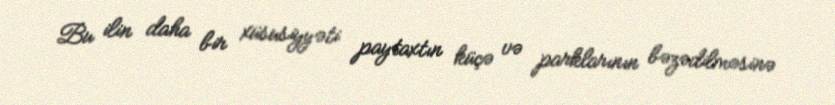
Bu ilin daha bir xüsusiyyəti paytaxtın küçə və parklarının bəzədilməsinə